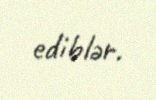
ediblər.